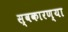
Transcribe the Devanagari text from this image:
स्वकारण्या